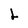
Character: L